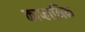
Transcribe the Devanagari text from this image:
काप्लनिक